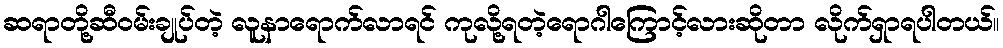
ဆရာတို့ဆီဝမ်းချုပ်တဲ့ လူနာရောက်လာရင် ကုလို့ရတဲ့ရောဂါကြောင့်လားဆိုတာ လိုက်ရှာရပါတယ်။